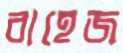
বাহেজ